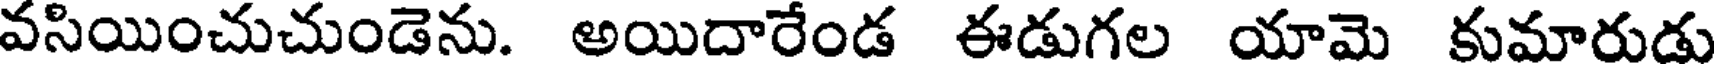
వసియించుచుండెను. అయిదారేండ ఈడుగల యామె కుమారుడు